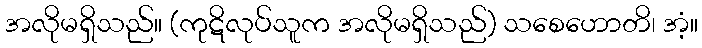
အလိုမရှိသည်။ (ကုဋိလုပ်သူက အလိုမရှိသည်) သစေဟောတိ၊ အံ့။